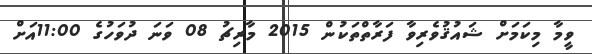
ވީމާ މިކަމަށް ޝައުޤުވެރިވާ ފަރާތްތަކުން 2015 މާރިޗު 08 ވަނަ ދުވަހުގެ 11:00އަށް